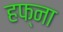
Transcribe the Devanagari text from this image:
हफ्ना